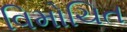
વિમોચિત